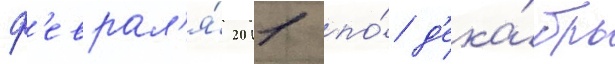
ф'еврал'я́ 2011 по́ д'ека́брь